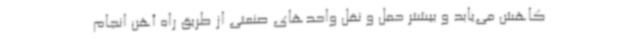
کاهش می‌یابد و بیشتر حمل و نقل واحدهای صنعتی از طریق راه آهن انجام